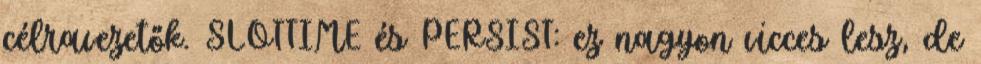
célravezetők. SLOTTIME és PERSIST: ez nagyon vicces lesz, de